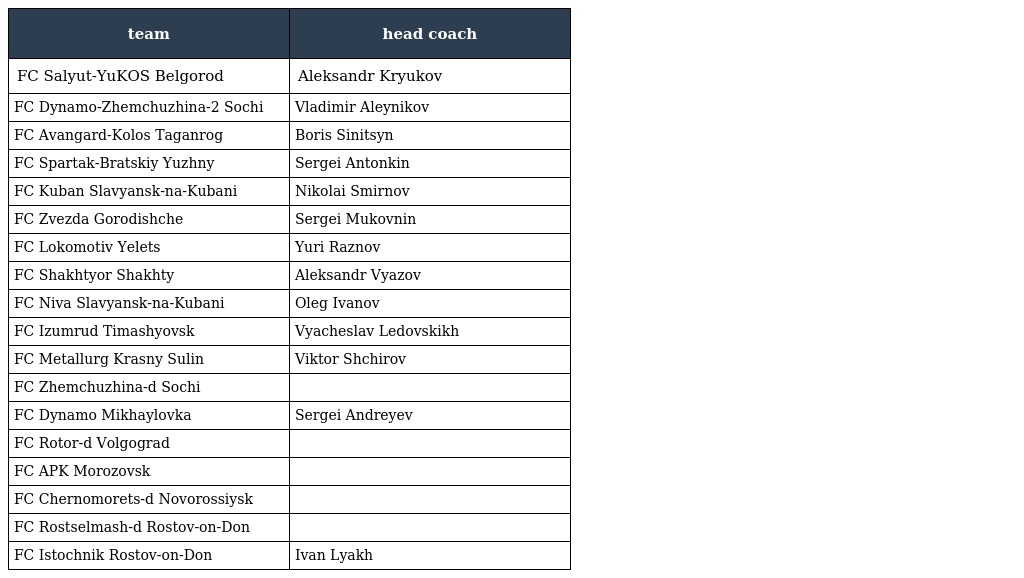
| team | head coach |
 | --- | --- |
 | FC Salyut-YuKOS Belgorod | Aleksandr Kryukov |
 | FC Dynamo-Zhemchuzhina-2 Sochi | Vladimir Aleynikov |
 | FC Avangard-Kolos Taganrog | Boris Sinitsyn |
 | FC Spartak-Bratskiy Yuzhny | Sergei Antonkin |
 | FC Kuban Slavyansk-na-Kubani | Nikolai Smirnov |
 | FC Zvezda Gorodishche | Sergei Mukovnin |
 | FC Lokomotiv Yelets | Yuri Raznov |
 | FC Shakhtyor Shakhty | Aleksandr Vyazov |
 | FC Niva Slavyansk-na-Kubani | Oleg Ivanov |
 | FC Izumrud Timashyovsk | Vyacheslav Ledovskikh |
 | FC Metallurg Krasny Sulin | Viktor Shchirov |
 | FC Zhemchuzhina-d Sochi |  |
 | FC Dynamo Mikhaylovka | Sergei Andreyev |
 | FC Rotor-d Volgograd |  |
 | FC APK Morozovsk |  |
 | FC Chernomorets-d Novorossiysk |  |
 | FC Rostselmash-d Rostov-on-Don |  |
 | FC Istochnik Rostov-on-Don | Ivan Lyakh |